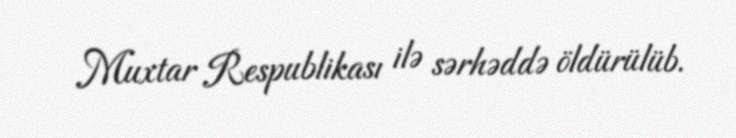
Muxtar Respublikası ilə sərhəddə öldürülüb.